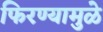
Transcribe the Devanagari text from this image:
फिरण्यामुळे